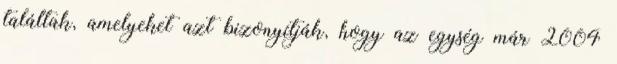
találtak, amelyeket azt bizonyítják, hogy az egység már 2004